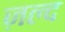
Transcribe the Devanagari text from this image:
ज़ल्द